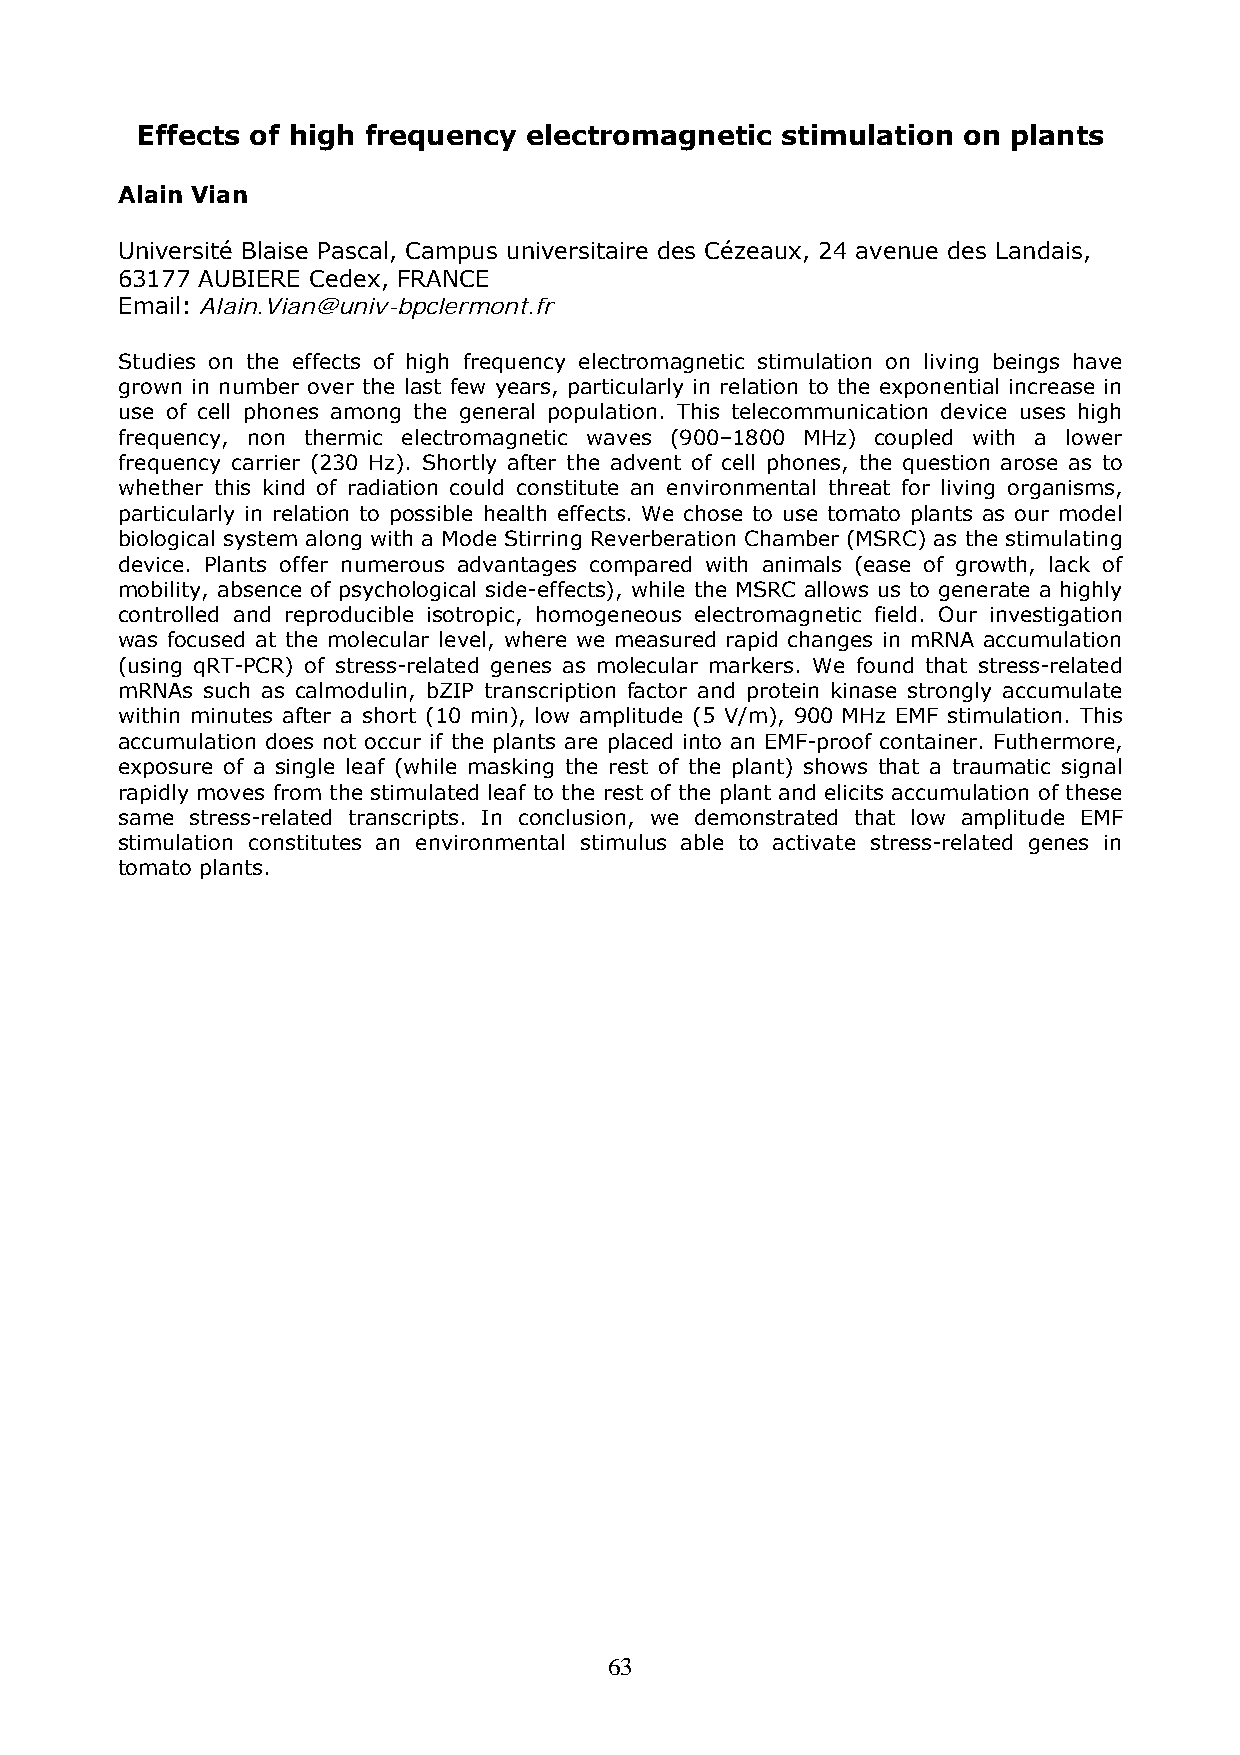
Effects of high frequency electromagnetic  stimulation on plants
 Alain Vian
 Université Blaise Pascal, Campus universitaire des Cézeaux, 24 avenue des Landais,
 63177 AUBIERE Cedex, FRANCE
 Email: Alain.Vian@univ-bpclermont.fr
 Studies on the effects of high frequency electromagnetic stimulation on living beings have
 grown in number over the last few years, particularly in relation to the exponential increase in
 use of cell phones among the general population. This telecommunication device uses high
 frequency, non thermic electromagnetic waves (900–1800 MHz) coupled with a lower
 frequency carrier (230 Hz). Shortly after the advent of cell phones, the question arose as to
 whether this kind of radiation could constitute an environmental threat for living organisms,
 particularly in relation to possible health effects. We chose to use tomato plants as our model
 biological system along with a Mode Stirring Reverberation Chamber (MSRC) as the stimulating
 device. Plants offer numerous advantages compared with animals (ease of growth, lack of
 mobility, absence of psychological side-effects), while the MSRC allows us to generate a highly
 controlled and reproducible isotropic, homogeneous electromagnetic field. Our investigation
 was focused at the molecular level, where we measured rapid changes in mRNA accumulation
 (using qRT-PCR) of stress-related genes as molecular markers. We found that stress-related
 mRNAs such as calmodulin, bZIP transcription factor and protein kinase strongly accumulate
 within minutes after a short (10 min), low amplitude (5 V/m), 900 MHz EMF stimulation. This
 accumulation does not occur if the plants are placed into an EMF-proof container. Futhermore,
 exposure of a single leaf (while masking the rest of the plant) shows that a traumatic signal
 rapidly moves from the stimulated leaf to the rest of the plant and elicits accumulation of these
 same stress-related transcripts. In conclusion, we demonstrated that low amplitude EMF
 stimulation constitutes an environmental stimulus able to activate stress-related genes in
 tomato plants.
 63